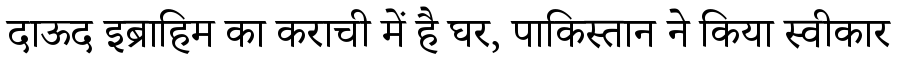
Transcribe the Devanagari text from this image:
दाऊद इब्राहिम का कराची में है घर, पाकिस्तान ने किया स्वीकार